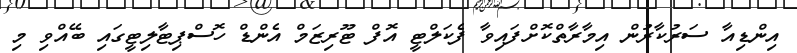
އިންޑިއާ ސަރުކާރުން އިމާރާތްކޮށްފައިވާ ފެކަލްޓީ އޮފް ޓޫރިޒަމް އެންޑް ހޮސްޕިޓާލިޓީގައި ބޭއްވި މި